Indian journal of veterinary science and animal husbandry - Volumes 22-23, 1952-1953
Year: 1952
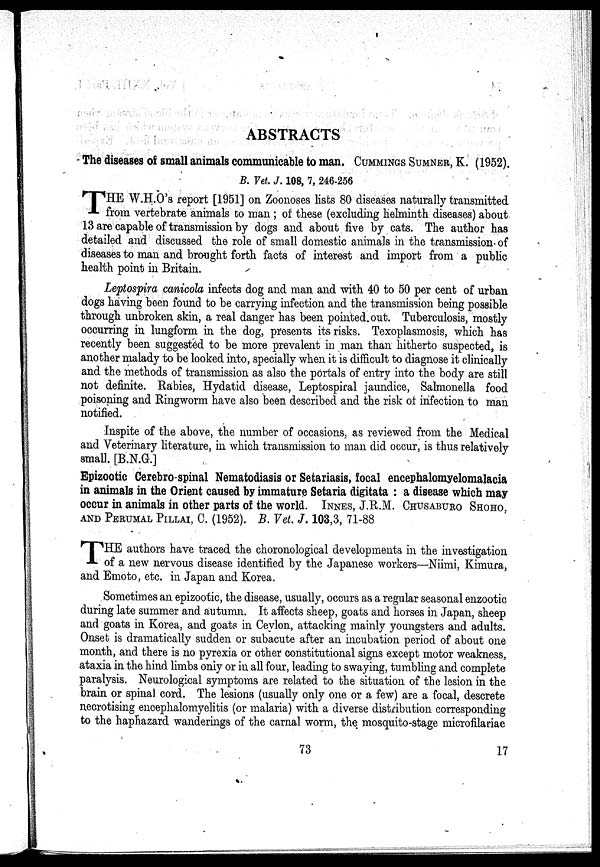
ABSTRACTS
The diseases of small animals communicable to man. CUMMINGS SUMNER, K. (1952).
B. Vet. J. 108, 7, 246-256
T HE W.H.O's report [1951] on Zoonoses lists 80 diseases naturally transmitted
from vertebrate animals to man ; of these (excluding helminth diseases) about
13 are capable of transmission by dogs and about five by cats. The author has
detailed and discussed the role of small domestic animals in the transmission of
diseases to man and brought forth facts of interest and import from a public
health point in Britain.
Leptospira canicola infects dog and man and with 40 to 50 per cent of urban
dogs having been found to be carrying infection and the transmission being possible
through unbroken skin, a real danger has been pointed out. Tuberculosis, mostly
occurring in lungform in the dog, presents its risks. Texoplasmosis, which has
recently been suggested to be more prevalent in man than hitherto suspected, is
another malady to be looked into, specially when it is difficult to diagnose it clinically
and the methods of transmission as also the portals of entry into the body are still
not definite. Rabies, Hydatid disease, Leptospiral jaundice, Salmonella food
poisoning and Ringworm have also been described and the risk of infection to man
notified.
Inspite of the above, the number of occasions, as reviewed from the Medical
and Veterinary literature, in which transmission to man did occur, is thus relatively
small. [B.N.G.]
Epizootic Cerebro-spinal Nematodiasis or Setariasis, focal encephalomyelomalacia
in animals in the Orient caused by immature Setaria digitata : a disease which may
occur in animals in other parts of the world. INNES, J.R.M. CHUSABURO SHOHO,
AND PERUMAL PILLAI, C. (1952). B. Vet. J. 103,3, 71-88
T HE authors have traced the choronological developments in the investigation
of a new nervous disease identified by the Japanese workers—Niimi, Kimura,
and Emoto, etc. in Japan and Korea.
Sometimes an epizootic, the disease, usually, occurs as a regular seasonal enzootic
during late summer and autumn. It affects sheep, goats and horses in Japan, sheep
and goats in Korea, and goats in Ceylon, attacking mainly youngsters and adults.
Onset is dramatically sudden or subacute after an incubation period of about one
month, and there is no pyrexia or other constitutional signs except motor weakness,
ataxia in the hind limbs only or in all four, leading to swaying, tumbling and complete
paralysis. Neurological symptoms are related to the situation of the lesion in the
brain or spinal cord. The lesions (usually only one or a few) are a focal, descrete
necrotising encephalomyelitis (or malaria) with a diverse distribution corresponding
to the haphazard wanderings of the carnal worm, the mosquito-stage microfilariae
73
17